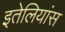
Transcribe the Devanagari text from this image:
इतेलियांस